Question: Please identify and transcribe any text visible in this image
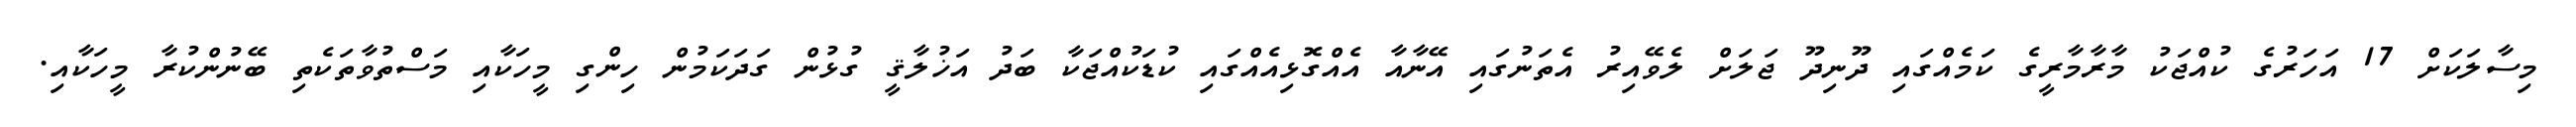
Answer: މިސާލަކަށް 17 އަހަރުގެ ކުއްޖަކު މާރާމާރީގެ ކަމެއްގައި ދޫނިދޫ ޖަލަށް ލެވޭއިރު އެތަނުގައި އޭނާއާ އެއްގޮޅިއެއްގައި ކުޑަކުއްޖަކާ ބަދު އަޚުލާޤީ ގުޅުން ގަދަކަމުން ހިންގި މީހަކާއި މަސްތުވާތަކެތި ބޭނުންކުރާ މީހަކާއި.